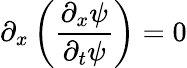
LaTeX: \partial_{x}\left(\frac{\partial_{x}\psi}{\partial_{t}\psi}\right)=0